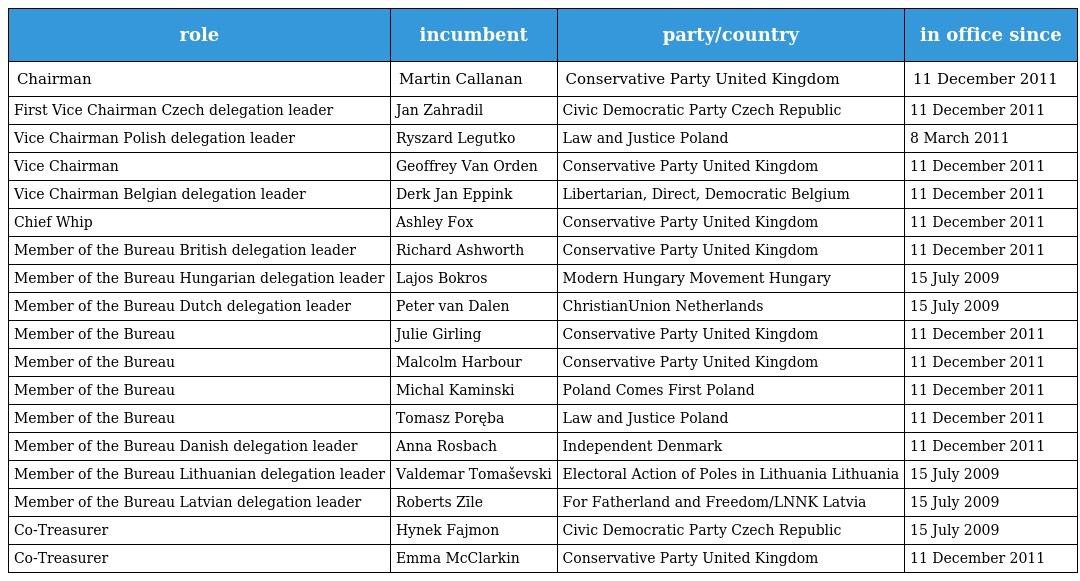
| role | incumbent | party/country | in office since |
 | --- | --- | --- | --- |
 | Chairman | Martin Callanan | Conservative Party United Kingdom | 11 December 2011 |
 | First Vice Chairman Czech delegation leader | Jan Zahradil | Civic Democratic Party Czech Republic | 11 December 2011 |
 | Vice Chairman Polish delegation leader | Ryszard Legutko | Law and Justice Poland | 8 March 2011 |
 | Vice Chairman | Geoffrey Van Orden | Conservative Party United Kingdom | 11 December 2011 |
 | Vice Chairman Belgian delegation leader | Derk Jan Eppink | Libertarian, Direct, Democratic Belgium | 11 December 2011 |
 | Chief Whip | Ashley Fox | Conservative Party United Kingdom | 11 December 2011 |
 | Member of the Bureau British delegation leader | Richard Ashworth | Conservative Party United Kingdom | 11 December 2011 |
 | Member of the Bureau Hungarian delegation leader | Lajos Bokros | Modern Hungary Movement Hungary | 15 July 2009 |
 | Member of the Bureau Dutch delegation leader | Peter van Dalen | ChristianUnion Netherlands | 15 July 2009 |
 | Member of the Bureau | Julie Girling | Conservative Party United Kingdom | 11 December 2011 |
 | Member of the Bureau | Malcolm Harbour | Conservative Party United Kingdom | 11 December 2011 |
 | Member of the Bureau | Michal Kaminski | Poland Comes First Poland | 11 December 2011 |
 | Member of the Bureau | Tomasz Poręba | Law and Justice Poland | 11 December 2011 |
 | Member of the Bureau Danish delegation leader | Anna Rosbach | Independent Denmark | 11 December 2011 |
 | Member of the Bureau Lithuanian delegation leader | Valdemar Tomaševski | Electoral Action of Poles in Lithuania Lithuania | 15 July 2009 |
 | Member of the Bureau Latvian delegation leader | Roberts Zīle | For Fatherland and Freedom/LNNK Latvia | 15 July 2009 |
 | Co-Treasurer | Hynek Fajmon | Civic Democratic Party Czech Republic | 15 July 2009 |
 | Co-Treasurer | Emma McClarkin | Conservative Party United Kingdom | 11 December 2011 |